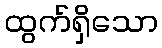
ထွက်ရှိသော